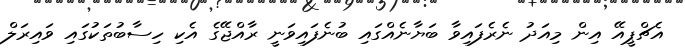
އެޗްޕީއޭ އިން މިއަދު ނެރެފައިވާ ބަޔާނެއްގައި ބުނެފައިވަނީ ރާއްޖޭގެ އެކި ހިސާބުތަކުގައި ވައިރަލް